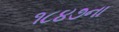
૧૮૪૭ના